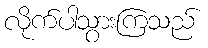
လိုက်ပါသွားကြသည်